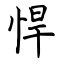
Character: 悍